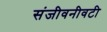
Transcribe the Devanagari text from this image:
संजीवनीवटी